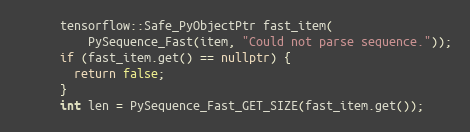
Language: C++
      tensorflow::Safe_PyObjectPtr fast_item(
          PySequence_Fast(item, "Could not parse sequence."));
      if (fast_item.get() == nullptr) {
        return false;
      }
      int len = PySequence_Fast_GET_SIZE(fast_item.get());